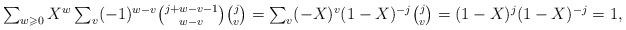
LaTeX: \begin{align*}\textstyle \sum_{w \geqslant 0} X^w \sum_v (-1)^{w-v} {j+w-v-1\choose w-v} {j \choose v} & \textstyle = \sum_v (-X)^{v} (1-X)^{-j} {j \choose v} = (1-X)^j (1-X)^{-j} = 1,\end{align*}